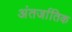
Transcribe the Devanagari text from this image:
अंतर्जातिक